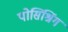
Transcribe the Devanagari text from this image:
पोसिश्निंग